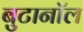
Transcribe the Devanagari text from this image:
बुटानॉल